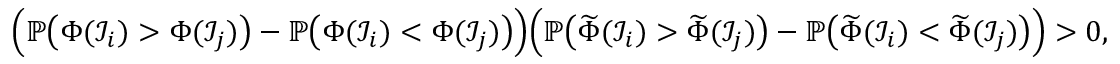
\begin{array} { r } { \Big ( \mathbb { P } \big ( \Phi ( \mathcal { I } _ { i } ) > \Phi ( \mathcal { I } _ { j } ) \big ) - \mathbb { P } \big ( \Phi ( \mathcal { I } _ { i } ) < \Phi ( \mathcal { I } _ { j } ) \big ) \Big ) \Big ( \mathbb { P } \big ( \widetilde { \Phi } ( \mathcal { I } _ { i } ) > \widetilde { \Phi } ( \mathcal { I } _ { j } ) \big ) - \mathbb { P } \big ( \widetilde { \Phi } ( \mathcal { I } _ { i } ) < \widetilde { \Phi } ( \mathcal { I } _ { j } ) \big ) \Big ) > 0 , } \end{array}